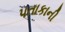
પતાકાની